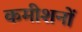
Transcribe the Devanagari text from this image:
कमीशनों